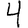
Digit: 4